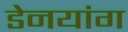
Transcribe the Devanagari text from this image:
डेनयांग